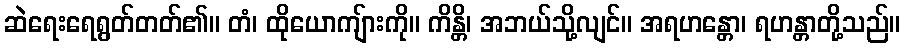
ဆဲရေးရေရွတ်တတ်၏။ တံ၊ ထိုယောကျ်ားကို။ ကိန္တိ၊ အဘယ်သို့လျင်။ အရဟန္တော၊ ရဟန္တာတို့သည်။